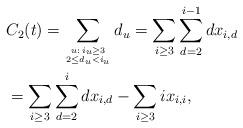
LaTeX: \begin{align*} &C_2(t) = \sum_{u:\,i_u \geq 3 \atop {2 \leq d_u < i_u}} d_u = \sum_{i \geq 3} \sum_{d = 2}^{i-1} dx_{i,d} \\ &= \sum_{i \geq 3}\sum_{d =2}^i dx_{i,d} - \sum_{i \geq 3} i x_{i,i},\\ \end{align*}